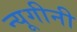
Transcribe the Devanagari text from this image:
न्यूगीनी